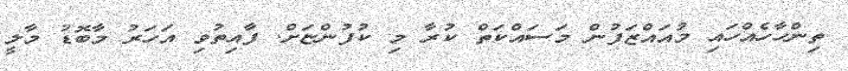
ތިންހާހެއްހައި މުއައްޒަފުން މަސައްކަތް ކުރާ މި ކުފުންޏަށް